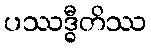
ပဿဒ္ဓီတိဿ